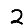
Digit: 2